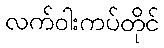
လက်ဝါးကပ်တိုင်